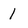
Character: 1